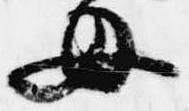
母